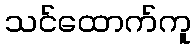
သင်ထောက်ကူ